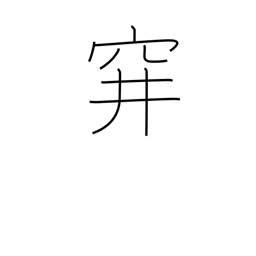
Meaning: sunken trap